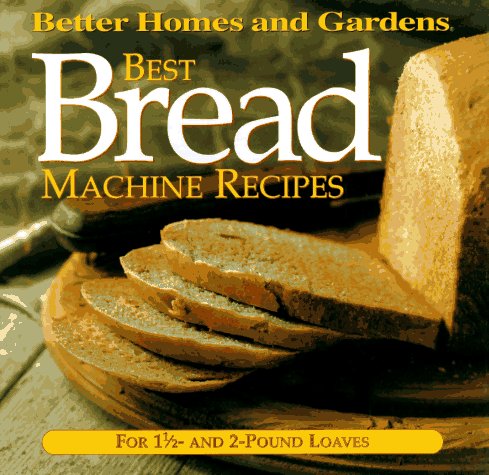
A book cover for Best Bread Machine Recipes: For 1 1/2- and 2-pound  loaves (Better Homes and Gardens Test Kitchen); Better Homes and Gardens Books; Cookbooks, Food & Wine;